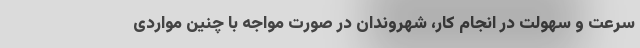
سرعت و سهولت در انجام کار، شهروندان در صورت مواجه با چنین مواردی